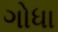
ગોધા